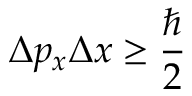
\Delta p _ { x } \Delta x \geq { \frac { \hbar } { 2 } }